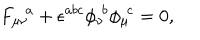
{ F _ { \mu \nu } } \! ^ { a } + \epsilon ^ { a b c } { \phi _ { \nu } } \! ^ { b } { \phi _ { \mu } } \! ^ { c } = 0 ,